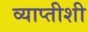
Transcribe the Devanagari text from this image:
व्याप्तीशी